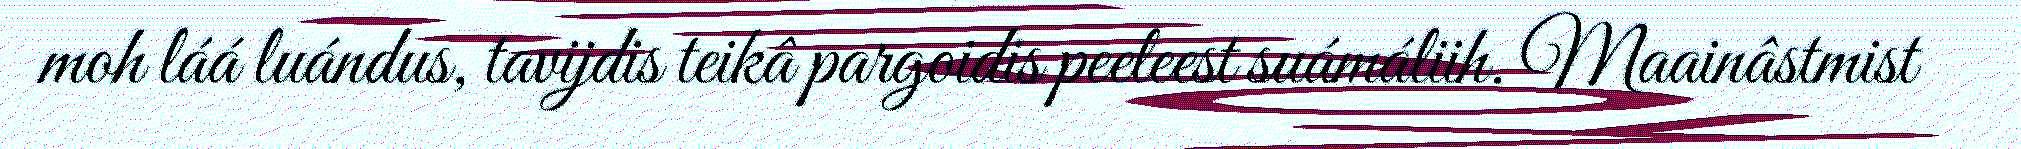
moh láá luándus, tavijdis teikâ pargoidis peeleest suámáliih. Maainâstmist